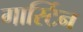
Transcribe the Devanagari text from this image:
गार्स्टिन